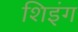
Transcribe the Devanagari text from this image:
शिइंग